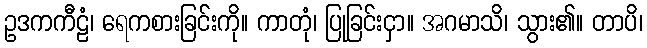
ဥဒကကီဠံ၊ ရေကစားခြင်းကို။ ကာတုံ၊ ပြုခြင်းငှာ။ အဂမာသိ၊ သွား၏။ တာပိ၊